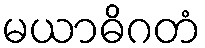
မယာဓိဂတံ